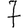
Digit: 7